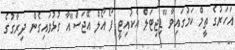
އަހަރުގެ ތީމް ކަމުގައިވާ "ޑިޖިޓަލް އެކުއިޓީ ފޯ އޯލް އޭޖަސް"އާ ގުޅުވައިގެން ދިރާގުގެ